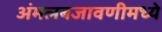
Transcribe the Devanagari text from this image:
अंमलबजावणीमध्ये